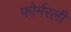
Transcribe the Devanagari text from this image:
फोर्मरली